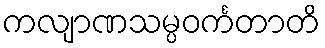
ကလျာဏသမ္ပဝင်္ကတာတိ